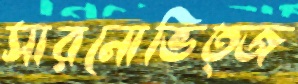
সারনোভিত্জ